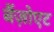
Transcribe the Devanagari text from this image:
बैंज़ोएट